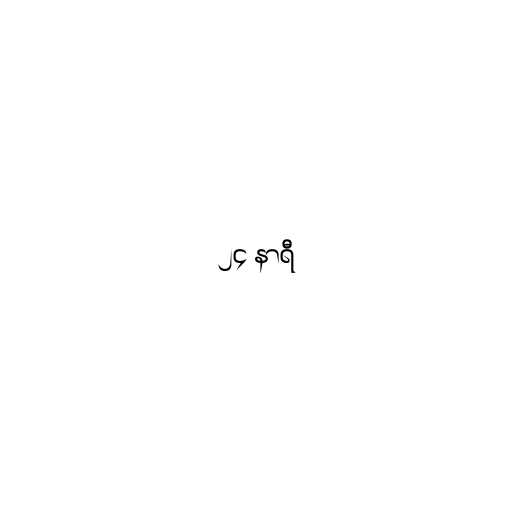
၂၄ နာရီ